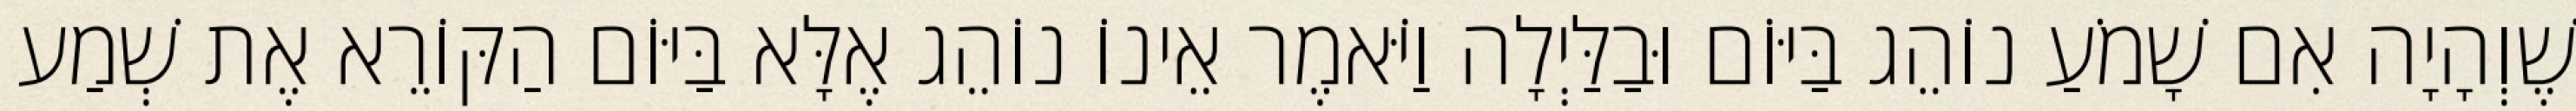
שֶׁוְהָיָה אִם שָׁמֹעַ נוֹהֵג בַּיּוֹם וּבַלַּיְלָה וַיֹּאמֶר אֵינוֹ נוֹהֵג אֶלָּא בַּיּוֹם הַקּוֹרֵא אֶת שְׁמַע